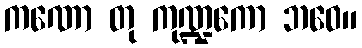
ကဏော တု ကုဏ္ဍကော ဘဝေ။